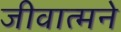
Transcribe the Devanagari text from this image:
जीवात्मने